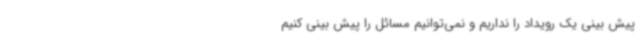
پیش بینی یک رویداد را نداریم و نمی‌توانیم مسائل را پیش بینی کنیم